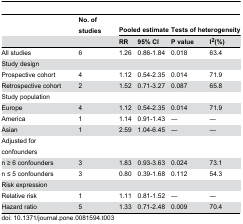
|  | No. of studies | <COLSPAN=2> Pooled estimate | <COLSPAN=2> Tests of heterogeneity |
 |  |  | RR | 95% CI | P value | I2(%) |
 | --- | --- | --- | --- | --- | --- |
 | All studies | 6 | 1.26 | 0.86-1.84 | 0.018 | 63.4 |
 | Study design |  |  |  |  |  |
 | Prospective cohort | 4 | 1.12 | 0.54-2.35 | 0.014 | 71.9 |
 | Retrospective cohort | 2 | 1.52 | 0.71-3.27 | 0.087 | 65.8 |
 | Study population |  |  |  |  |  |
 | Europe | 4 | 1.12 | 0.54-2.35 | 0.014 | 71.9 |
 | America | 1 | 1.14 | 0.91-1.43 | ― | ― |
 | Asian | 1 | 2.59 | 1.04-6.45 | ― | ― |
 | Adjusted for confounders |  |  |  |  |  |
 | n ≥ 6 confounders | 3 | 1.83 | 0.93-3.63 | 0.024 | 73.1 |
 | n ≤ 5 confounders | 3 | 0.80 | 0.39-1.68 | 0.112 | 54.3 |
 | Risk expression |  |  |  |  |  |
 | Relative risk | 1 | 1.11 | 0.81-1.52 | ― | ― |
 | Hazard ratio | 5 | 1.33 | 0.71-2.48 | 0.009 | 70.4 |